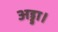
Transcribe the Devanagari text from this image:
अड्डा।